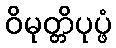
ဝိမုတ္တိပုပ္ဖံ